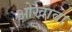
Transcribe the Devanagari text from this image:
ओखावा